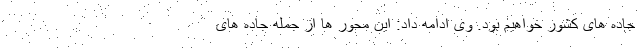
جاده های کشور خواهیم بود. وی ادامه داد: این محور ها از جمله جاده های